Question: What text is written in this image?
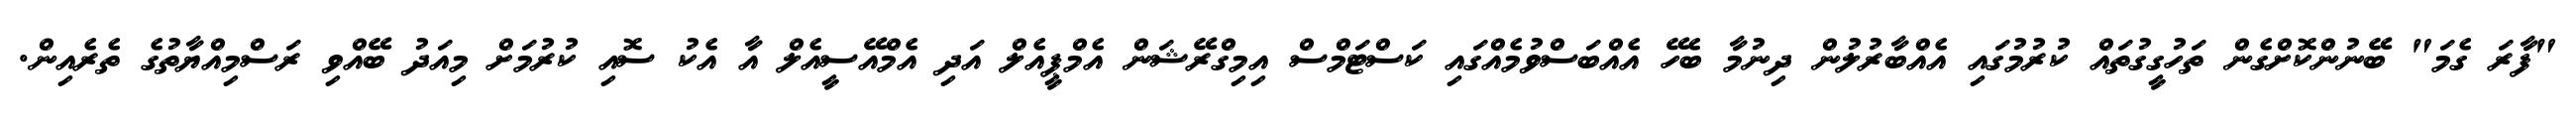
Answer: "ފާރަ ގެމަ" ބޭނުންކޮށްގެން ތަހުގީގުތައް ކުރުމުގައި އެއްބާރުލުން ދިނުމާ ބެހޭ އެއްބަސްވުމެއްގައި ކަސްޓަމްސް އިމިގްރޭޝަން އެމްޕީއެލް އަދި އެމްއޭސީއެލް އާ އެކު ސޮއި ކުރުމަށް މިއަދު ބޭއްވި ރަސްމިއްޔާތުގެ ތެރެއިން.